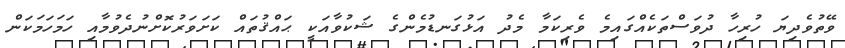
ވޭތުވެދިޔަ ހުރިހާ ދުވަސްތަކެއްގައިމެ ވެރިކަމާ މެދު އަޅުގަނޑުމެންގެ ޝަކުވާއަކީ ޙައްޤުތައް ކަށަވަރުކޮށްނުދެވުމާއި ހަމަހަމަކަން